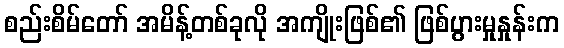
စည်းစိမ်တော် အမိန့်တစ်ခုလို အကျိုးဖြစ်၏ ဖြစ်ပွားမှုနှုန်းက